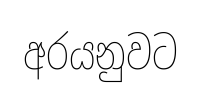
අරයනුවට